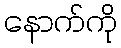
နောက်ကို